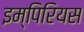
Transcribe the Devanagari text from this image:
इम्पिरियस